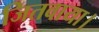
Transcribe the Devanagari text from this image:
जितवाया।